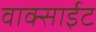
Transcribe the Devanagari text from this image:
वाक्साईट